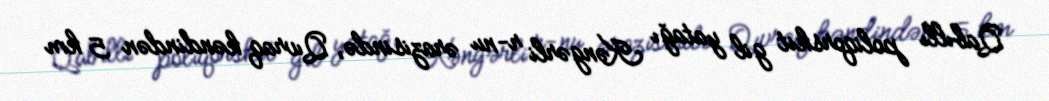
Qabıllı poliqorskit gil yatağı Kəngərli r-nu ərazisində, Qıvraq kəndindən 5 km